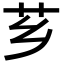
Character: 芗